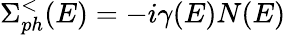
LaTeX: \Sigma_{ph}^{<}(E)=-i\gamma(E)N(E)